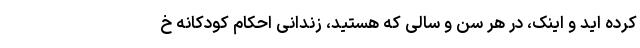
کرده اید و اینک، در هر سن و سالی که هستید، زندانی احکام کودکانه خ